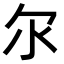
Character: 𫡓